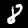
Label: 8